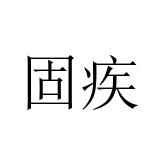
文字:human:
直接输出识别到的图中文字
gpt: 固疾